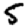
Digit: 5